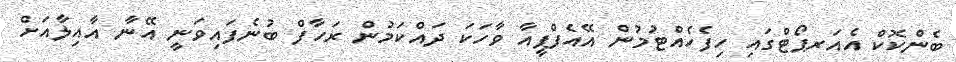
ބެންކޮކް އެއަރޕޯޓްގައި ހިފެހެއްޓުމުން އޭއެފްޕީއާ ވާހަކަ ދައްކަމުން ރަހާފް ބުނެފައިވަނީ އޭނާ އާއިލާއަށް